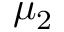
\mu _ { 2 }